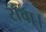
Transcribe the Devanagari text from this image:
राँवा।